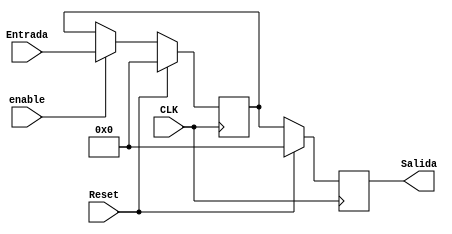
`timescale 1ns / 1ps
//////////////////////////////////////////////////////////////////////////////////
// Company: 
// Engineer: 
// 
// Design Name: 
// Module Name:    Registro 
// Project Name: 
// Target Devices: 
// Tool versions: 
// Description: 
//
// Dependencies: 
//
// Revision: 
// Revision 0.01 - File Created
// Additional Comments: 
//
//////////////////////////////////////////////////////////////////////////////////
module Registro #(parameter W = 23)(
 input CLK, Reset,enable,
    input wire [W-1:0] Entrada,
    output reg [W-1:0] Salida
    );

	reg [W-1:0] R;
	
	always @(posedge CLK) begin
		if (Reset) begin
			R <= 23'b00000000000000000000000;
			Salida <= 23'b00000000000000000000000;
		end
		else if(enable) begin
			R <= Entrada;
			Salida <= R;
			end
		else 
			Salida <= R;
			
		end
	
 endmodule